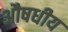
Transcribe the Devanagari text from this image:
अौषधीय